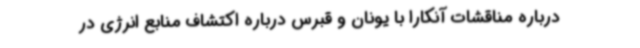
درباره مناقشات آنکارا با یونان و قبرس درباره اکتشاف منابع انرژی در